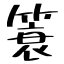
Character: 簑